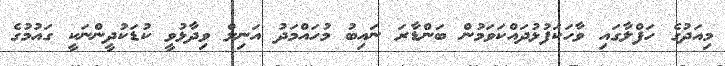
މިއަދުގެ ހަފްލާގައި ވާހަކަފުޅުދައްކަވަމުން ބަންޑާރަ ނައިބު މުހައްމަދު އަނިލް ވިދާޅުވީ ކުޑަކުދީންނަކީ ގައުމުގެ